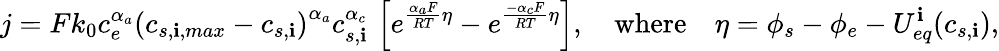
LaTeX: j=Fk_{0}c_{e}^{\alpha_{a}}\left(c_{s,\mathbf{i},max}-c_{s,\mathbf{i}}\right)^{\alpha_{a}}c_{s,\mathbf{i}}^{\alpha_{c}}\, \left[e^{\frac{{\alpha_{a}F}}{{RT}}\eta}-e^{\frac{{-\alpha_{c}F}}{{RT}}\eta}\right],\quad\textrm{{where}}\quad\eta=\phi_{s}-\phi_{e}-{U_{eq}^{\mathbf{i}}}(c_{s,\mathbf{i}}),